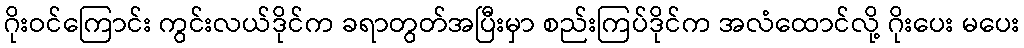
ဂိုးဝင်ကြောင်း ကွင်းလယ်ဒိုင်က ခရာတွတ်အပြီးမှာ စည်းကြပ်ဒိုင်က အလံထောင်လို့ ဂိုးပေး မပေး